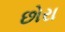
છોરા